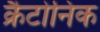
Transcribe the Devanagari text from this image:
क्रैटोनिक